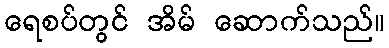
ရေစပ်တွင် အိမ် ဆောက်သည်။